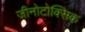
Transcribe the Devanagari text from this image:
जीनोटोक्सिक